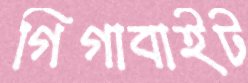
গিগাবাইট